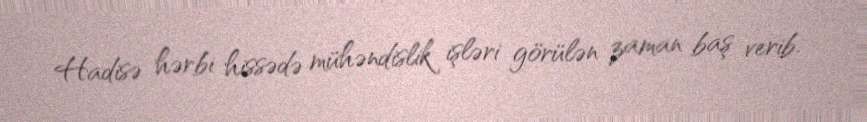
Hadisə hərbi hissədə mühəndislik işləri görülən zaman baş verib.